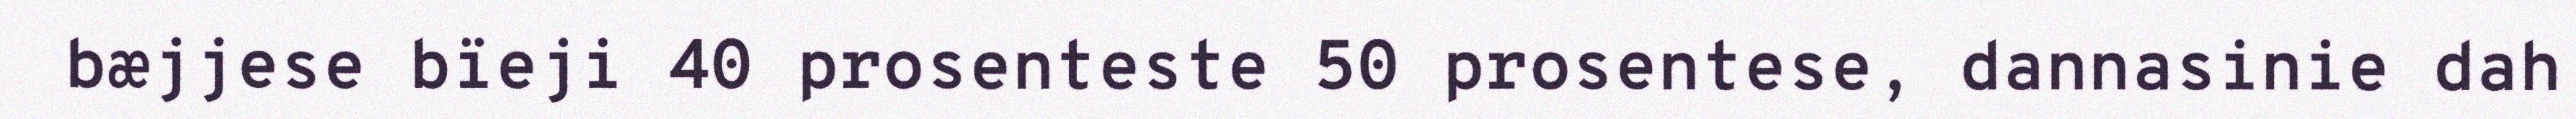
bæjjese bïeji 40 prosenteste 50 prosentese, dannasinie dah